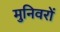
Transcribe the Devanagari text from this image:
मुनिवरों